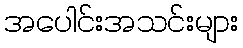
အပေါင်းအသင်းများ